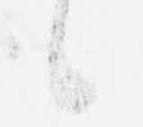
候